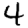
Digit: 4